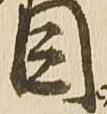
目